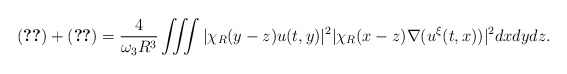
\begin{align*} \eqref{term-11}+\eqref{term-21} = \frac{4}{\omega_3 R^3} \iiint |\chi_R(y-z) u(t,y)|^2 |\chi_R(x-z) \nabla (u^\xi(t,x))|^2 dxdydz. \end{align*}